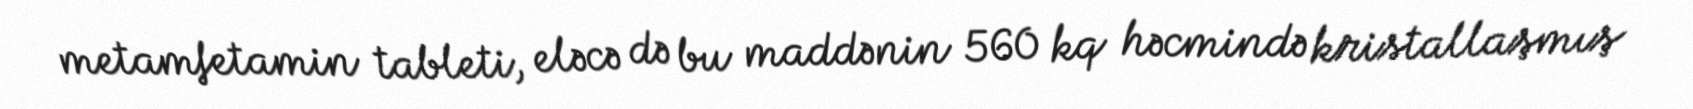
metamfetamin tableti, eləcə də bu maddənin 560 kq həcmində kristallaşmış